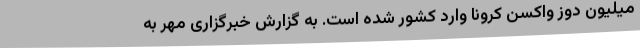
میلیون دوز واکسن کرونا وارد کشور شده است. به گزارش خبرگزاری مهر به